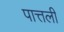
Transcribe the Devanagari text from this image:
पात्तली